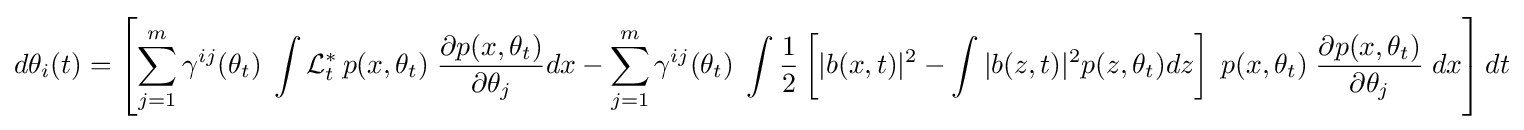
d\theta _{i}(t)=\left[\sum _{j=1}^{m}\gamma ^{ij}(\theta _{t})\;\int {{\cal {L}}_{t}^{\ast }\,p(x,\theta _{t})}\;{\frac {\partial p(x,\theta _{t})}{\partial \theta _{j}}}dx-\sum _{j=1}^{m}\gamma ^{ij}(\theta _{t})\;\int {\frac {1}{2}}\left[\vert b(x,t)\vert ^{2}-\int \vert b(z,t)\vert ^{2}p(z,\theta _{t})dz\right]\;p(x,\theta _{t})\;{\frac {\partial p(x,\theta _{t})}{\partial \theta _{j}}}\;dx\right]dt